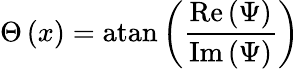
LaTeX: \Theta\left(x\right)=\mathrm{atan}\left(\frac{\mathrm{Re}\left(\Psi\right)}{\mathrm{Im}\left(\Psi\right)}\right)